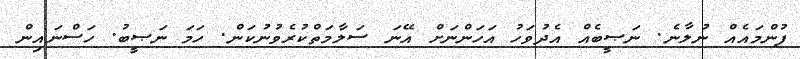
ފުންމައެއް ނުލާނެ. ނަޞީބެއް އެދުވަހު އަހަންނަށް އޭނަ ސަލާމަތްކުރެވުނުކަން. ހަމަ ނަޞީބު. ހަސްނައިން